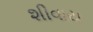
શીવાય